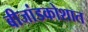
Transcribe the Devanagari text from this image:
बीजांडकोशात